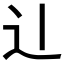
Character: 𫐞